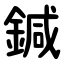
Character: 鍼